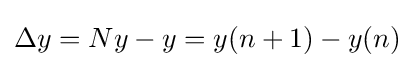
{\textstyle \Delta y=Ny-y=y(n+1)-y(n)}